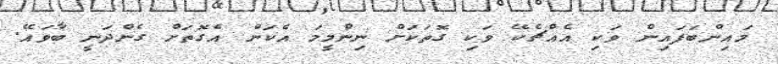
މައިންބަފައިން ވަކި އެއްޗެކޭ ވަކި ގޮތަކަށް ނިންމީމަ އެކަން އެގޮތަށް ގެންދަނީ ބާވައޭ.